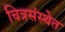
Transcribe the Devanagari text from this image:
चित्रसंस्थेत